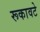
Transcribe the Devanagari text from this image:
रूकावटे